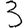
Digit: 3